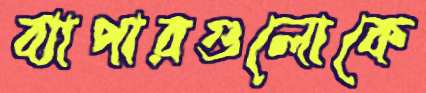
ব্যাপারগুলোকে